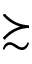
\succsim